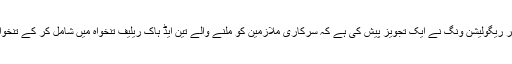
ذرائع کے مطابق وزارت خزانہ کی ہدایت پر ریگولیشن ونگ نے ایک تجویز پیش کی ہے کہ سرکاری ملازمین کو ملنے والے تین ایڈ ہاک ریلیف تنخواہ میں شامل کر کے تنخواہوں میں 10 فیصد تک اضافہ کر دیا جائے۔